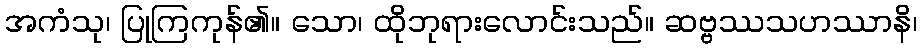
အကံသု၊ ပြုကြကုန်၏။ သော၊ ထိုဘုရားလောင်းသည်။ ဆဗ္ဗဿသဟဿာနိ၊